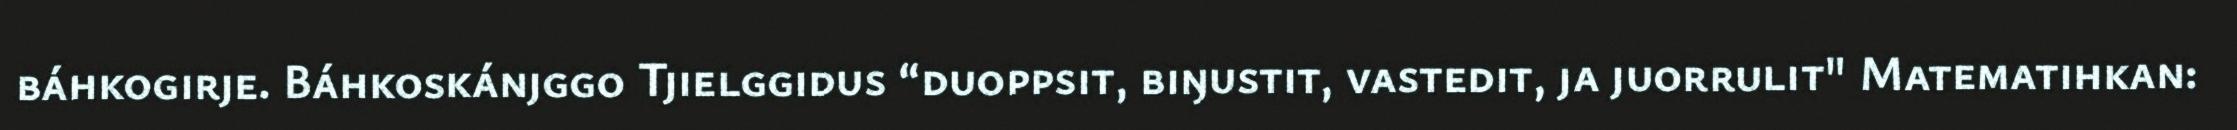
báhkogirje. Báhkoskánjggo Tjielggidus “duoppsit, biŋustit, vastedit, ja juorrulit" Matematihkan: